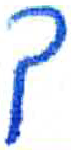
אות: ק